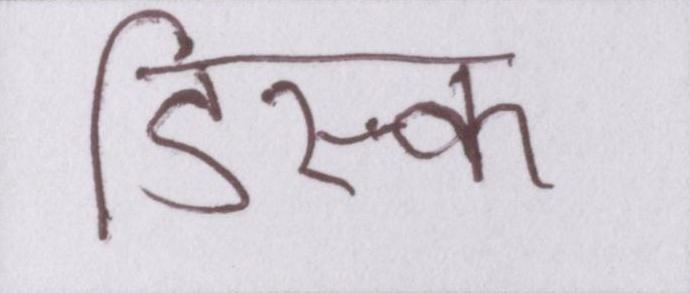
डिस्क